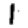
Digit: 1